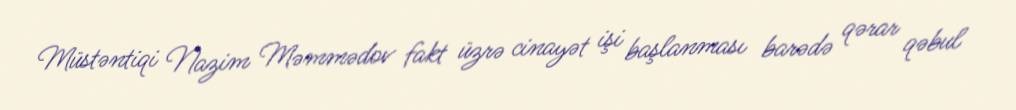
Müstəntiqi Nazim Məmmədov fakt üzrə cinayət işi başlanması barədə qərar qəbul